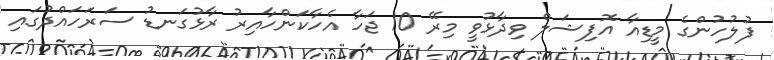
ފުލުހުންގެ މީޑިއާ އޮފިޝަލް ވިދާޅުވީ މިރޭ 10 ޖަހާ އެހާކަންހާއިރު ރާޅުގަނޑު ސަރަހައްދުގައި